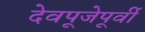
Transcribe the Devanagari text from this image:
देवपूजेपूर्वी